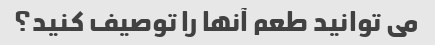
می توانید طعم آنها را توصیف کنید؟